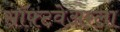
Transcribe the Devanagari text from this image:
सॉफ्टवेअरला